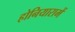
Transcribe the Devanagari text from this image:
होनियारामें